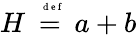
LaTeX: H\stackrel{\mathrm{~\tiny~{~d~e~f~}~}}{=}a+b